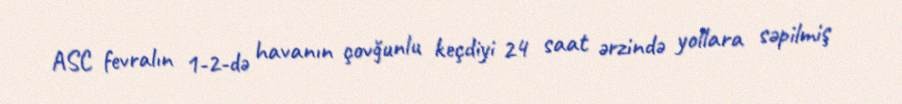
ASC fevralın 1-2-də havanın çovğunlu keçdiyi 24 saat ərzində yollara səpilmiş